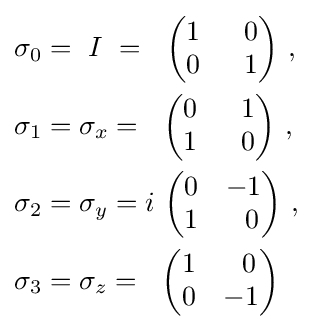
{\begin{aligned}\sigma _{0}&=~I~=~\;{\begin{pmatrix}1&~\;0\\0&~\;1\\\end{pmatrix}}\ ,\\\sigma _{1}&=\sigma _{x}=~\;{\begin{pmatrix}0&~\;1\\1&~\;0\\\end{pmatrix}}\ ,\\\sigma _{2}&=\sigma _{y}=i\ {\begin{pmatrix}0&-1\\1&~\;0\\\end{pmatrix}}\ ,\\\sigma _{3}&=\sigma _{z}=~\;{\begin{pmatrix}1&~\;0\\0&-1\\\end{pmatrix}}\end{aligned}}\